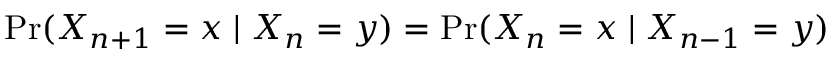
\operatorname* { P r } ( X _ { n + 1 } = x \mid X _ { n } = y ) = \operatorname* { P r } ( X _ { n } = x \mid X _ { n - 1 } = y )